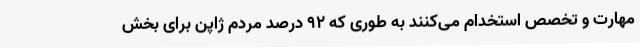
مهارت و تخصص استخدام می‌کنند به طوری که 92 درصد مردم ژاپن برای بخش